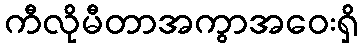
ကီလိုမီတာအကွာအဝေးရှိ